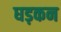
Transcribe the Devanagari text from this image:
घड़कन